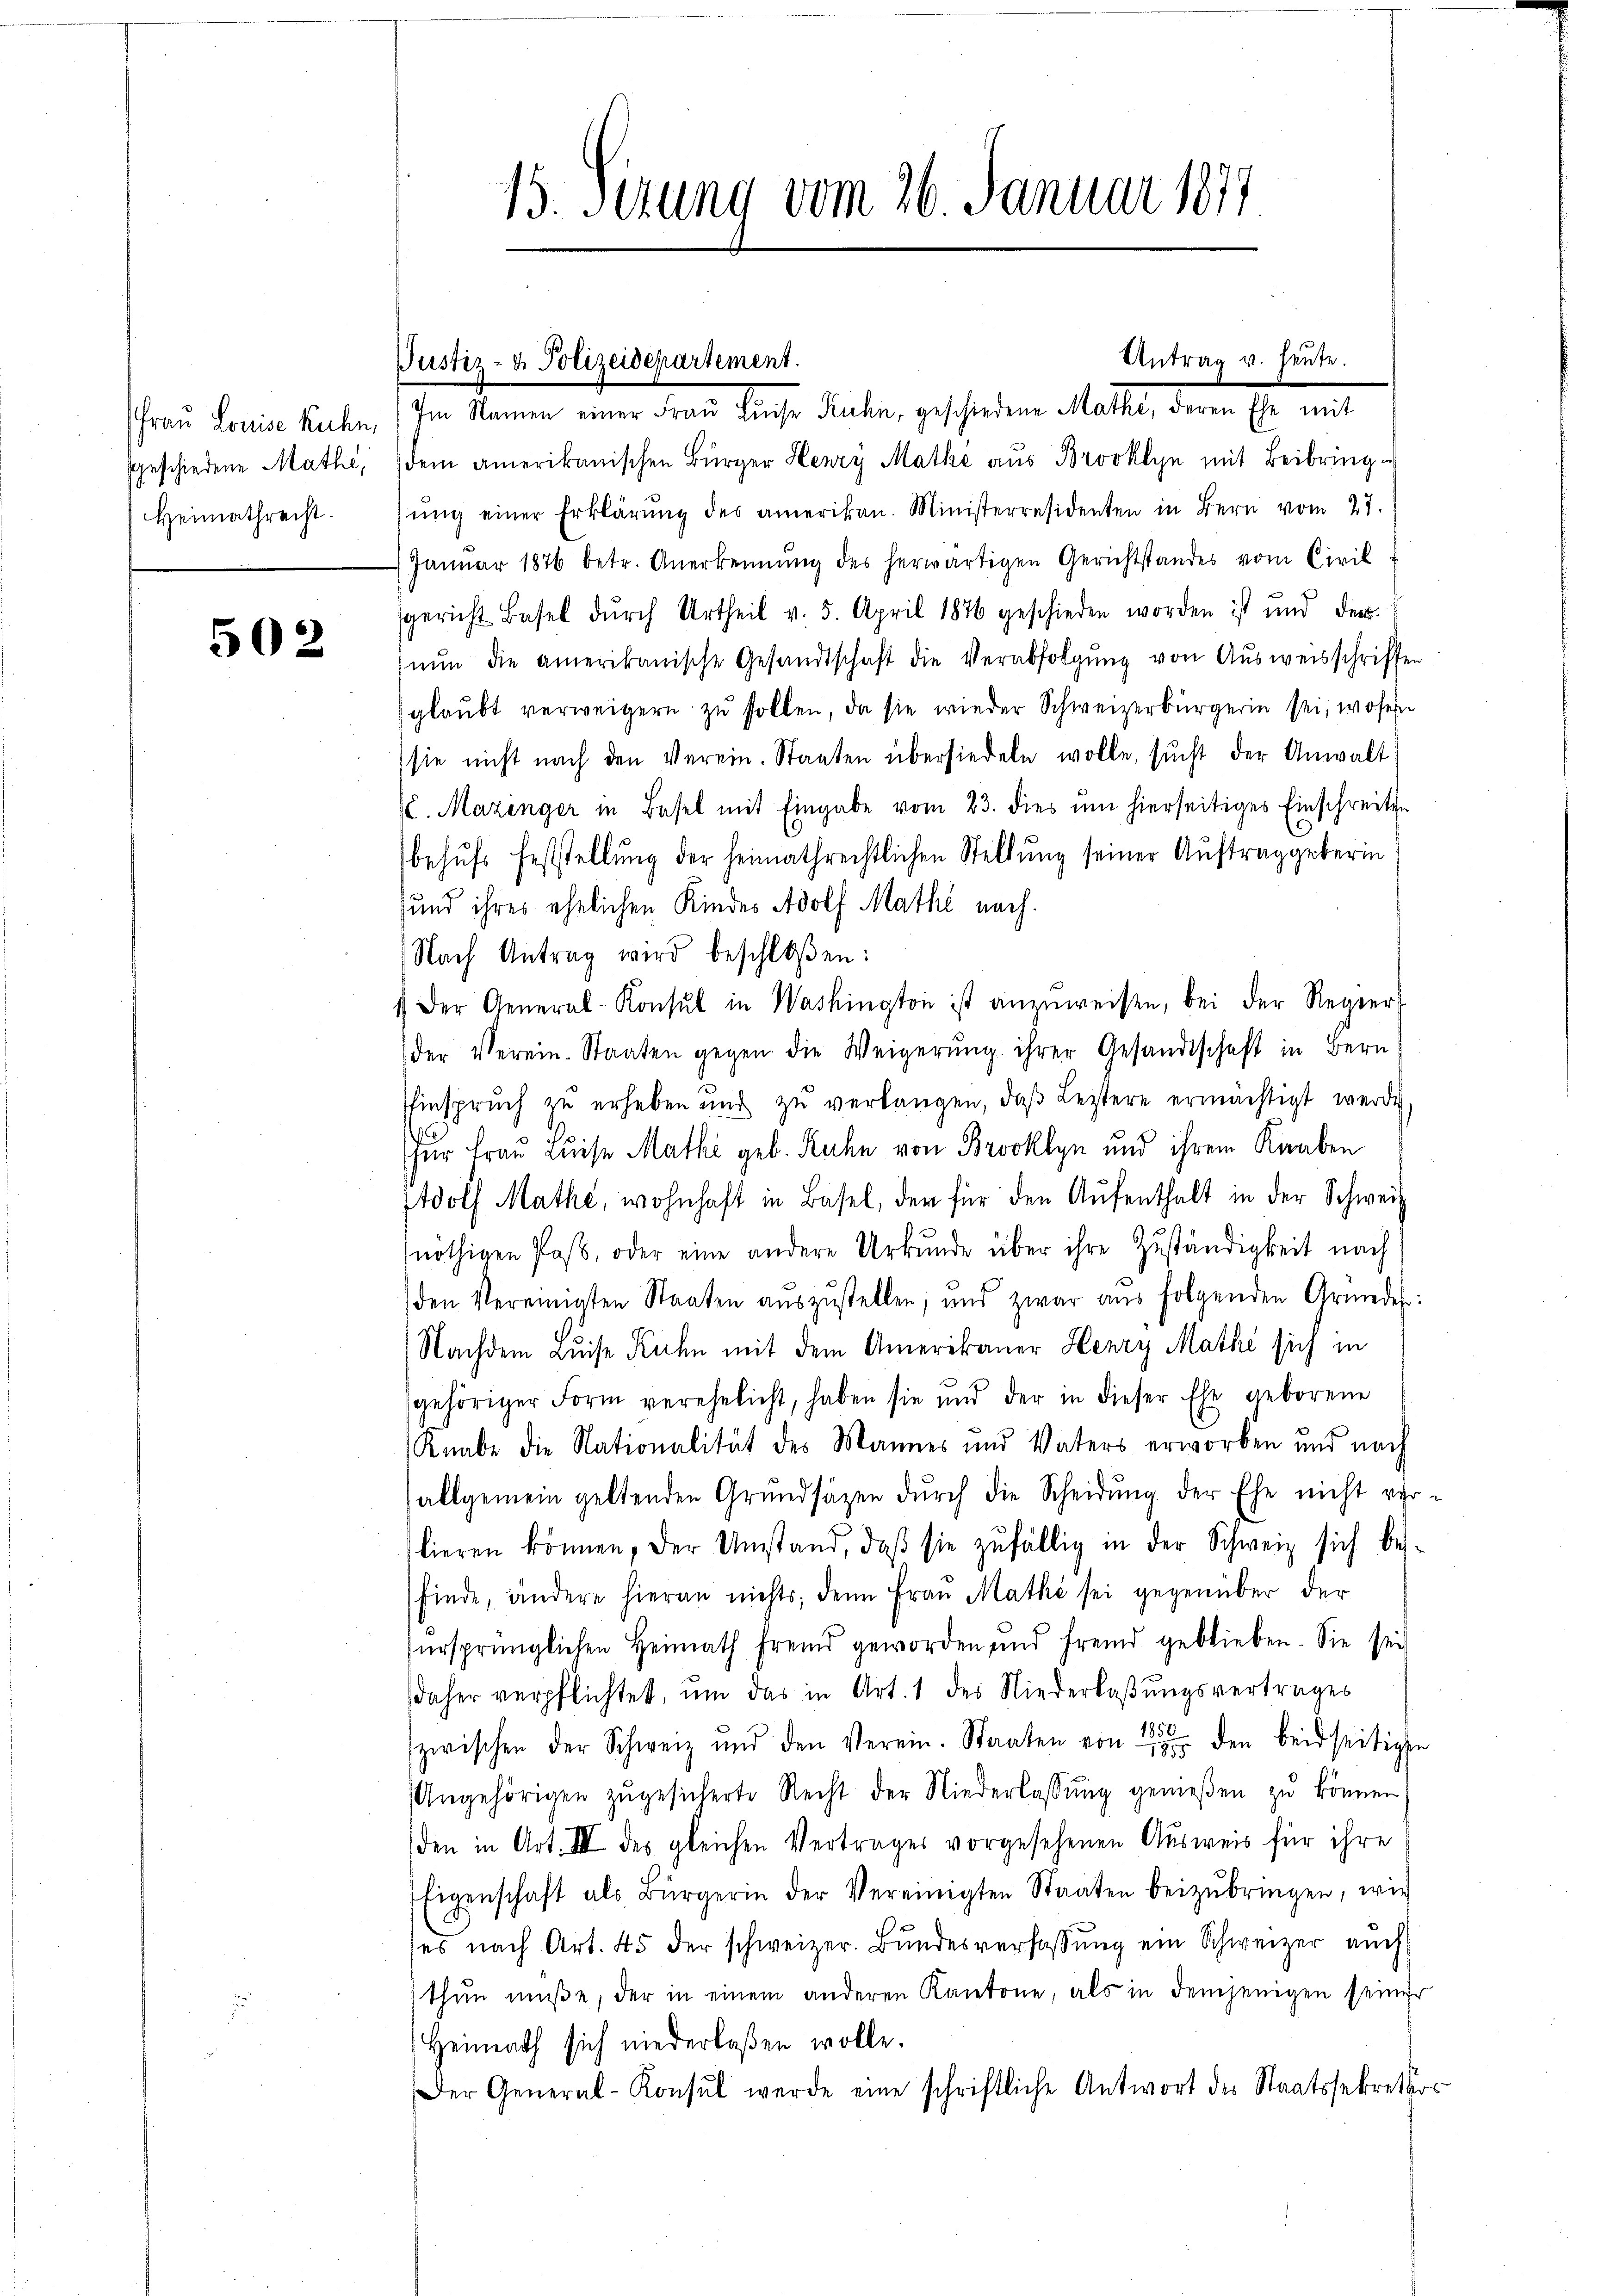
Heimathrecht.

502

Frau Louise Ruhe. Im Namen einer Frau Luise Ruhr, geschiedene Mathe, deren Ehe mit
sgeschiedene Mathe, dem amerikanischen Bürger Henry Mathe aus Brooklyn mit Beibring u
ŭng einer Erklärŭng des amerikan. Ministerresidenten in Bern vom 27.
Janŭar 1876 betr. Anerkennung des herwärtigen Gerichtstandes vom Civil
gericht Basel dŭrch Urtheil v. 5. April 1876 geschieden worden ist und der
nŭn die amerikanische Gesandtschaft die Verabfolgung von Ausweisschriften
glaŭbt verweigern zŭ sollen, da sie wieder Schweizerbürgerin sei, wofern
sie nicht nach den Verein. Staaten übersiedeln wolle, sŭcht der Anwalt
(l. Mazinger in Basel mit Eingabe vom 23. dies um hierseitiges Einschreiten
behufs Feststellung der heimathrechtlichen Stellung seiner Auftrag geberin
und ihres ehelichen Kindes Adolf Mathe nach.
Nach Antrag wird beschloßen:
 Der General-Konsul in Washington ist anzŭweisen, bei der Regier
der Verein-Staaten gegen die Weigerŭng ihrer Gesandtschaft in Bern
Einspruch zŭ erheben und zŭ verlangen, daβ Leztere ermächtigt werde,
1
für Frau Luise Mathe geb. Kuhn von Brooklyn und ihrem Knaben
Adolf Mathe, wohnhaft in Basel, der für den Aŭfenthalt in der Schweiz
nöthigen Post, oder eine andere Urkunde über ihre Zuständigkeit nach
den Vereinigten Staaten aŭszŭstellen, und zwar aŭs folgenden Gründe:
Nachdem Luise Rechn mit dem Amerikaner Henry Mathe sich in
gehöriger Form verehelicht, haben sie und der in dieser Ehe geborene
Knabe die Nationalität des Mannes und Vaters erworben und nach
allgemein geltenden Grundsätzen dŭrch die Scheidung der Ehe nicht ver
lieren können, der Umstand, daβ sie zŭfällig in der Schweiz sich be-
finde, ändere hieran nichts; denn Fraŭ Mathe sei gegenüber der
fürsprünglichen Heimath fremd geworden und fremd geblieben. Sie sei
daher verpflichtet, um das in Art. 1 des Niederlaßungsvertrages
zwischen der Schweiz und den Verein. Staaten von 2 den beidseitige
Angehörigen zŭgesicherte Recht der Niederlassŭng genießen zŭ können
den in Art. III des gleichen Vertrages vorgesehenen Ausweis für ihre
Eigenschaft als Bürgerin der Vereinigten Staaten beizŭbringen, wie
ses nach Art. 45 der schweizer. Bŭndesverfassŭng ein Schweizer auch
thun müße, der in einem anderen Kantone, als in demjenigen seiner
Heimath sich niederlaßen wolle.
Der General-Konsul werde eine schriftliche Antwort des Staatssekreter

15. Serung vom 26. Januar 1877

Justiz- u. Polizeidepartement.

Antrag u. heute.